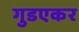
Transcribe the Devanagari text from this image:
गुडएकर